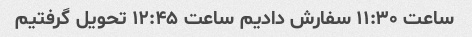
ساعت ۱۱:۳۰ سفارش دادیم ساعت ۱۲:۴۵ تحویل گرفتیم